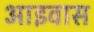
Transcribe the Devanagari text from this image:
आइवास